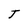
Character: T